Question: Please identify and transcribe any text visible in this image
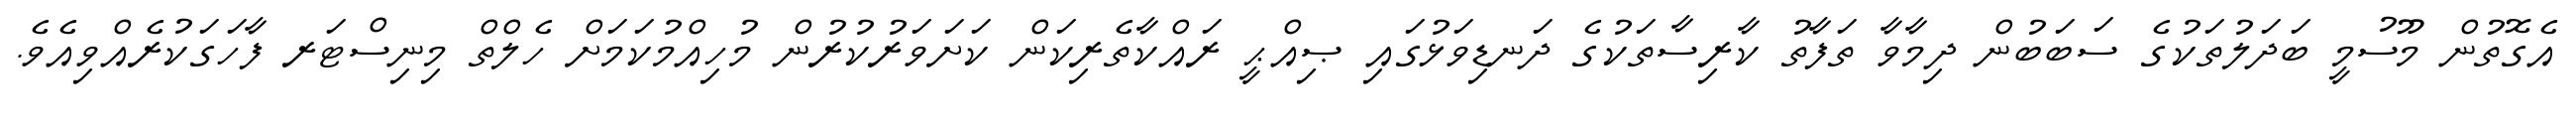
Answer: އެގޮތުން މޫސުމީ ބަދަލުތަކުގެ ސަބަބުން ދިމާވާ ތަފާތު ކާރިސާތަކުގެ ދަނޑިވަޅުގައި ޞިއްޙީ ރައްކާތެރިކަން ކަށަވަރުކުރުން މުހިއްމުކަމަށް ހެލްތް މިނިސްޓަރ ފާހަގަކުރެއްވިއެވެ.